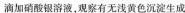
滴加硝酸银溶液，观察有无浅黄色沉淀生成